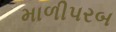
માળીપરબ